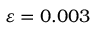
\varepsilon = 0 . 0 0 3